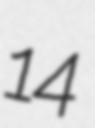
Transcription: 14